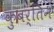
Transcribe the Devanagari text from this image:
कुबर्तिन